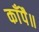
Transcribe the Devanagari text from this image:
काँपै॥